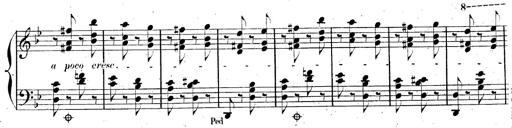
Title: AnnÃ©es de pÃ¨lerinage II, SupplÃ©ment
Composer: Franz Liszt